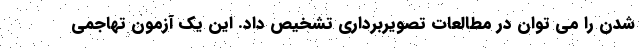
شدن را می توان در مطالعات تصویربرداری تشخیص داد. این یک آزمون تهاجمی